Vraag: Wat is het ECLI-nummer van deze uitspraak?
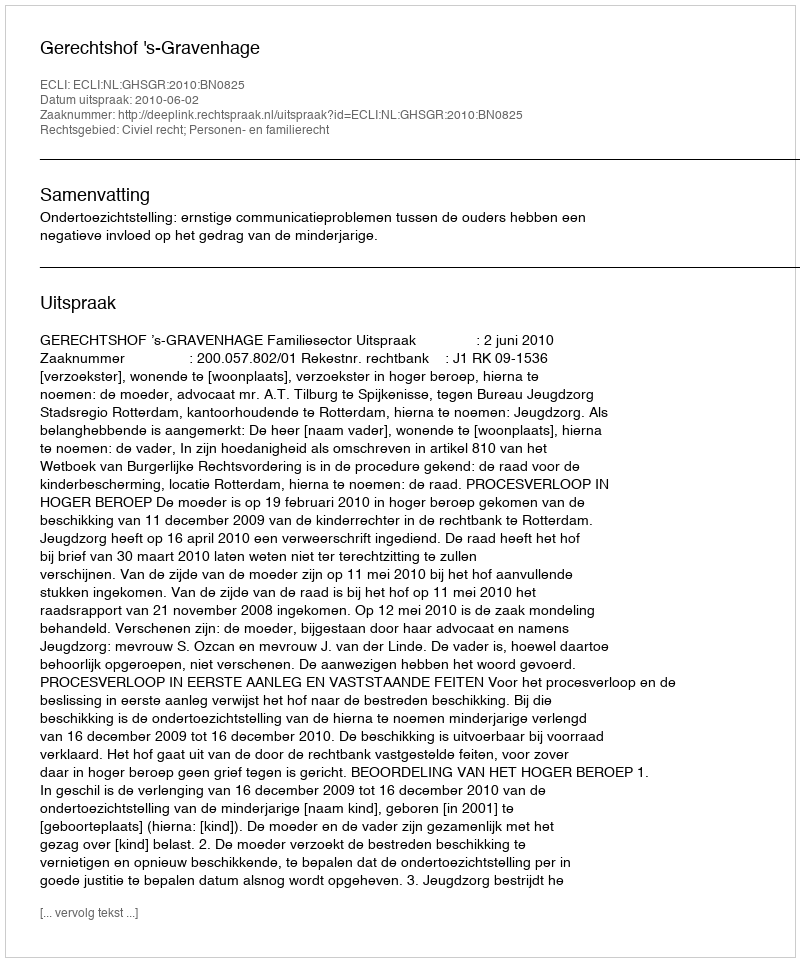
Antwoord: ECLI:NL:GHSGR:2010:BN0825